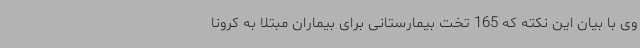
وی با بیان این نکته که 165 تخت بیمارستانی برای بیماران مبتلا به کرونا